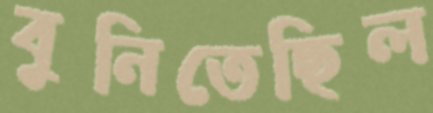
বুনিতেছিল